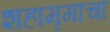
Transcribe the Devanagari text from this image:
शहामृगाचा